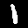
Digit: 1